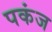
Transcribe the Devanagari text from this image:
पकंज